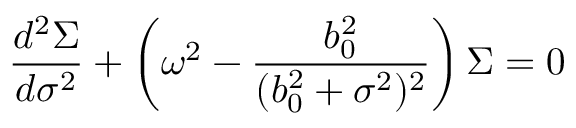
\frac { d ^ { 2 } \Sigma } { d \sigma ^ { 2 } } + \left( \omega ^ { 2 } - \frac { b _ { 0 } ^ { 2 } } { ( b _ { 0 } ^ { 2 } + \sigma ^ { 2 } ) ^ { 2 } } \right) \Sigma = 0